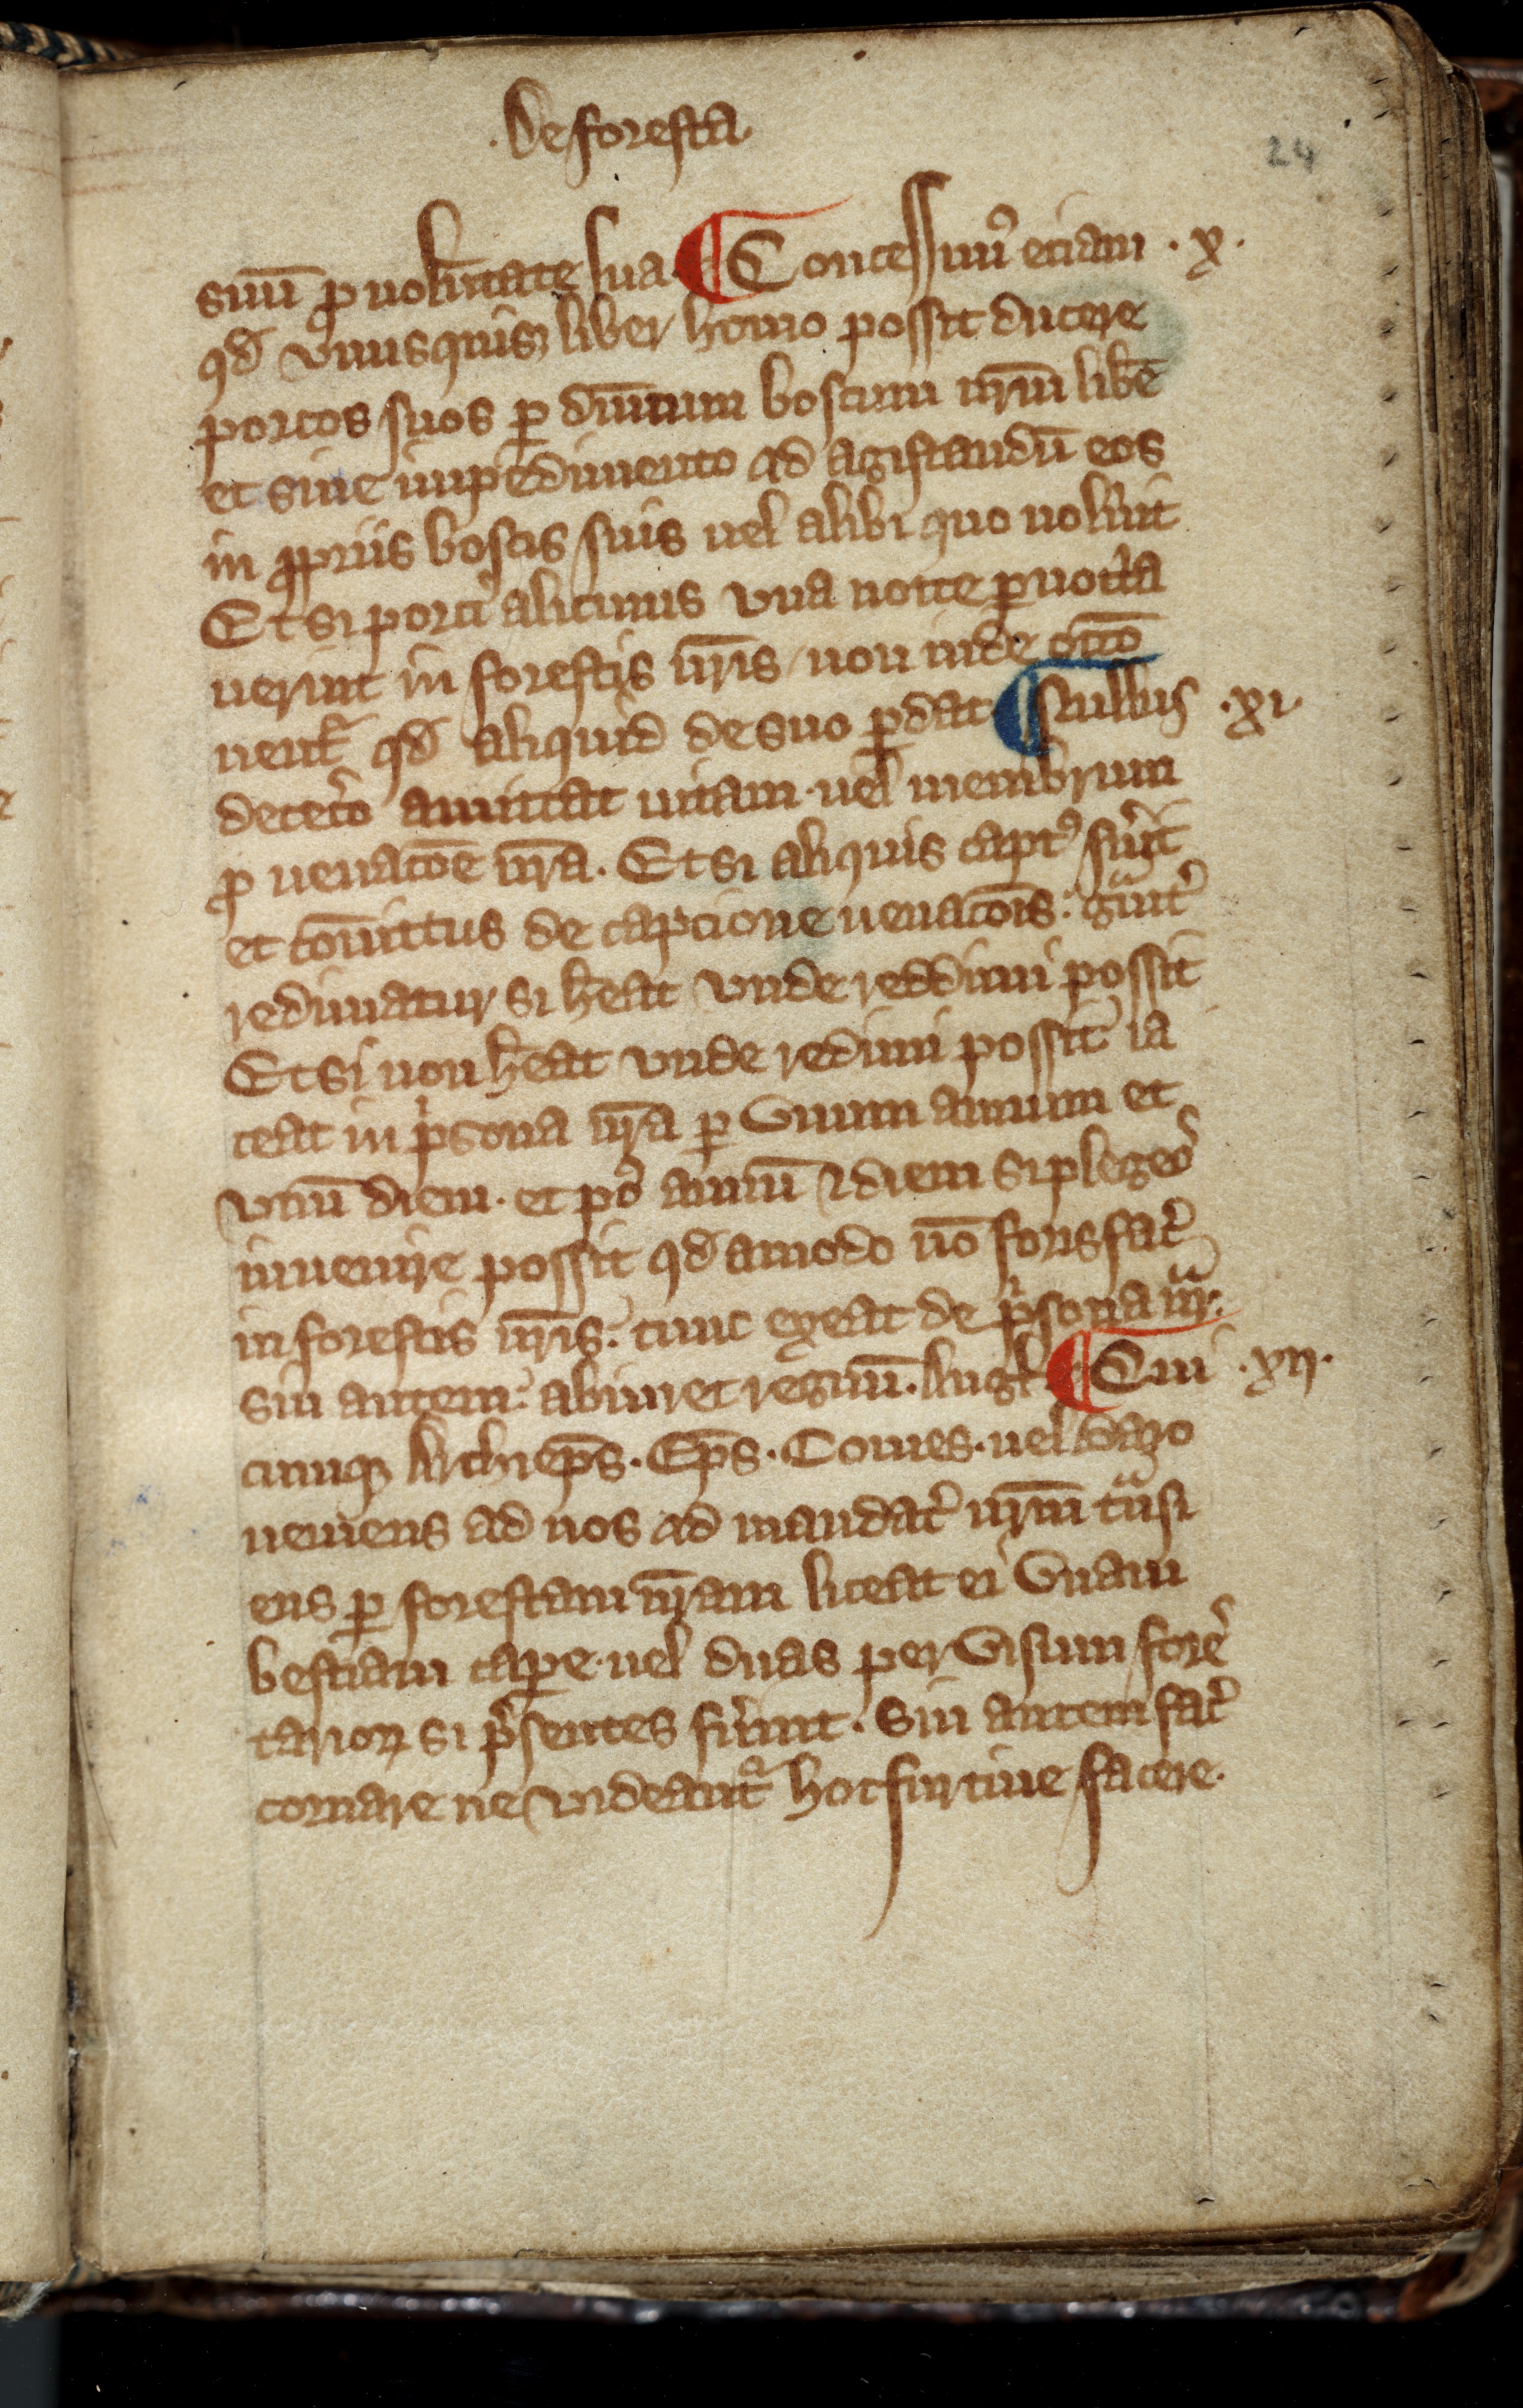
Shelfmark: Toronto, Fisher Library, ms. 01053
Century: 14